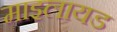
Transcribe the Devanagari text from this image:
माइलायड